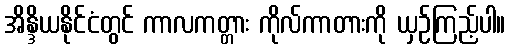
အိန္ဒိယနိုင်ငံတွင် ကာလကတ္တား ကိုလ်ကာတားကို ယှဉ်ကြည့်ပါ။